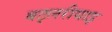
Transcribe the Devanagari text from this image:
बट्लरीयाइ